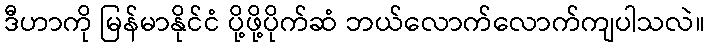
ဒီဟာကို မြန်မာနိုင်ငံ ပို့ဖို့ပိုက်ဆံ ဘယ်လောက်လောက်ကျပါသလဲ။